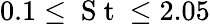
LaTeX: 0.1\leq\mathrm{~S~t~}\leq 2.05